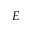
E